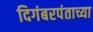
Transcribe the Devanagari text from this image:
दिगंबरपंताच्या